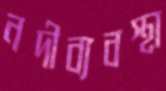
নদীব্যবস্থা